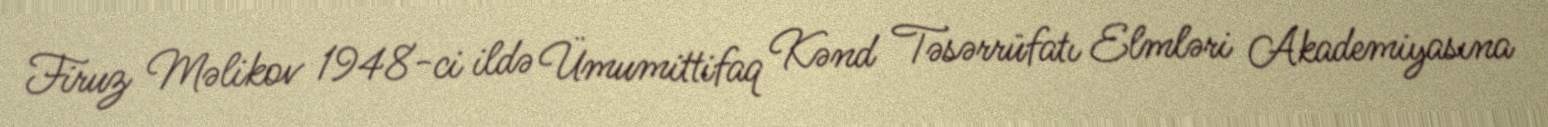
Firuz Məlikov 1948-ci ildə Ümumittifaq Kənd Təsərrüfatı Elmləri Akademiyasına